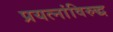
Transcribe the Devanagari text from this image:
प्रयत्‍नांविरुद्ध